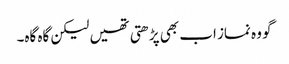
گو وہ نماز اب بھی پڑھتی تھیں لیکن گاہ گاہ۔